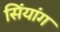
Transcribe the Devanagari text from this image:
सिंयांग